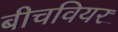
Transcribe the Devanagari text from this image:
बीचवियर